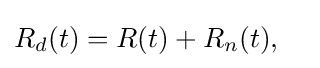
R_{d}(t)=R(t)+R_{n}(t),\quad